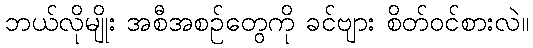
ဘယ်လိုမျိုး အစီအစဉ်တွေကို ခင်ဗျား စိတ်ဝင်စားလဲ။